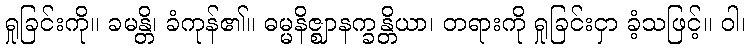
ရှုခြင်းကို။ ခမန္တိ၊ ခံကုန်၏။ ဓမ္မနိဇ္ဈာနက္ခန္တိယာ၊ တရားကို ရှုခြင်းငှာ ခံ့သဖြင့်။ ဝါ၊